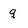
Character: q